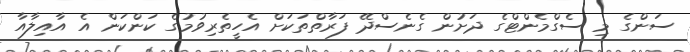
ސަންގެ މި ސެގްމެންޓްގެ ދަށުން ގެނެސްދޭ ފަރާތްތަކަށް އެހީތެރިވުމުގެ ކަންކަން އެ އާއިލާއާ